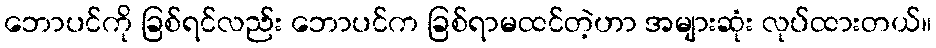
ဘောပင်ကို ခြစ်ရင်လည်း ဘောပင်က ခြစ်ရာမထင်တဲ့ဟာ အများဆုံး လုပ်ထားတယ်။